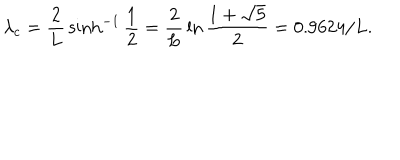
\lambda _ { c } = { \frac { 2 } { L } } \sinh ^ { - 1 } { \frac { 1 } { 2 } } = { \frac { 2 } { L } } \ln { \frac { 1 + \sqrt { 5 } } { 2 } } = 0 . 9 6 2 4 / L .